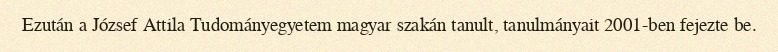
Ezután a József Attila Tudományegyetem magyar szakán tanult, tanulmányait 2001-ben fejezte be.